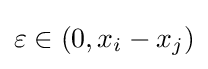
\varepsilon \in (0,x_{i}-x_{j})